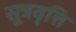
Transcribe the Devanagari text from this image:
सूत्रवृत्ति